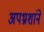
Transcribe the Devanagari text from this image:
अपभ्रशांने